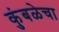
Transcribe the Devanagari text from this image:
कुंबळेचा